Insane asylums in Bengal annual reports 1876-1887 - 1876-1887
Year: 1876
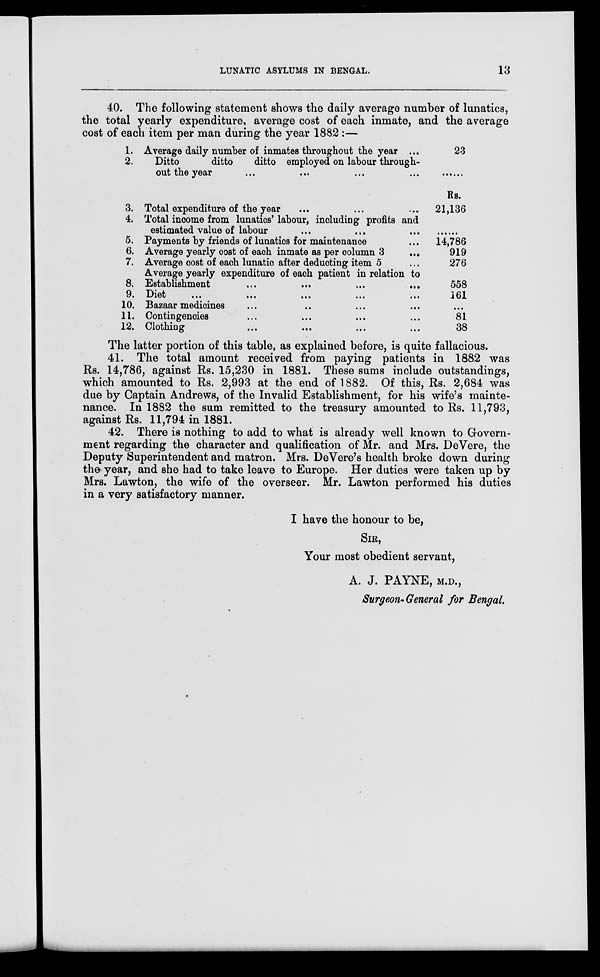
LUNATIC ASYLUMS IN BENGAL.
13
40. The following statement shows the daily average number of lunatics,
the total yearly expenditure, average cost of each inmate, and the average
cost of each item per man during the year 1882 :—
1.
2.
Average daily number of inmates throughout the year ...
Ditto
ditto
ditto employed on labour through-
out the year
...
... ... ...
3.
4.
5.
6.
7.
8.
9.
10.
11.
12.
Total expenditure of the year ... ... ...
Total income from lunatics' labour, including profits and
estimated value of labour ... ... ...
Payments by friends of lunatics for maintenance ...
Average yearly cost of each inmate as per column 3
...
Average cost of each lunatic after deducting item 5 ...
Average yearly expenditure of each patient in relation to
Establishment ... ... ... ...
Diet
...
...
...
...
...
Bazaar medicines ... ... ... ...
Contingencies ... ... ... ...
Clothing ... ... ... ...
23
......
Rs.
21,136
......
14,786
919
276
558
161
...
81
38
The latter portion of this table, as explained before, is quite fallacious.
41. The total amount received from paying patients in 1882 was
Rs. 14,786, against Rs. 15,230 in 1881. These sums include outstandings,
which amounted to Rs. 2,993 at the end of 1882. Of this, Rs. 2,684 was
due by Captain Andrews, of the Invalid Establishment, for his wife's mainte-
nance. In 1882 the sum remitted to the treasury amounted to Rs. 11,793,
against Rs. 11,794 in 1881.
42. There is nothing to add to what is already well known to Govern-
ment regarding the character and qualification of Mr. and Mrs. DeVere, the
Deputy Superintendent and matron. Mrs. DeVere's health broke down during
the year, and she had to take leave to Europe. Her duties were taken up by
Mrs. Lawton, the wife of the overseer. Mr. Lawton performed his duties
in a very satisfactory manner.
I have the honour to be,
SIR,
Your most obedient servant,
A. J. PAYNE, M.D.,
Surgeon-General for Bengal.